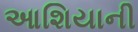
આશિયાની